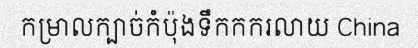
កម្រាលក្បាច់កំប៉ុងទឹកកករលាយ China